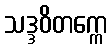
သဒ္ဒဝိတက္ကေ